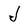
Character: J